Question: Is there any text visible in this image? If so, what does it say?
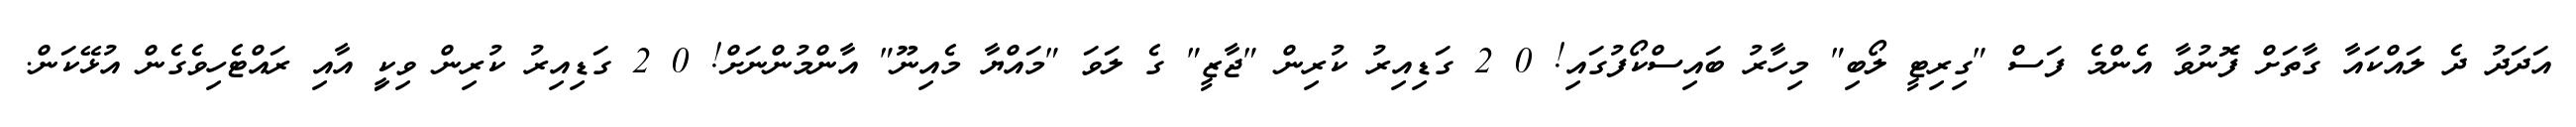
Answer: އަދަދު ދެ ލައްކައާ ގާތަށް ފޮނުވާ އެންމެ ފަސް "ގިރިޓީ ލޯބި" މިހާރު ބައިސްކޯފުގައި! 0 2 ގަޑިއިރު ކުރިން "ޖާޒީ" ގެ ލަވަ "މައްޔާ މެއިނޫ" އާންމުންނަށް! 0 2 ގަޑިއިރު ކުރިން ވިކީި އާއި ރައްޓެހިވެގެން އުޅޭކަން.